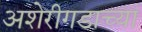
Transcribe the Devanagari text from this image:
अशेरीगडाच्या